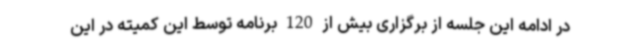
در ادامه این جلسه از برگزاری بیش از 120 برنامه توسط این کمیته در این